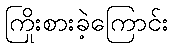
ကြိုးစားခဲ့ကြောင်း